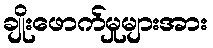
ချိုးဖောက်မှုများအား